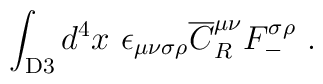
\int_{\rm D3} d^4x ~\epsilon_{\mu\nu\sigma\rho}{\overline C}^{\mu\nu}_R F_-^{\sigma\rho}~.